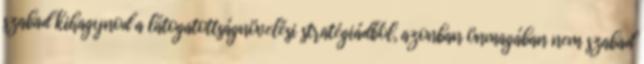
szabad kihagynod a látogatottságnövelési stratégiádból, azonban önmagában nem szabad